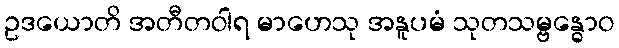
ဥဒယောတိ အတီတဝါရ မာဟေသု အနူပမံ သုတသမ္ဗန္ဓောဝ